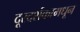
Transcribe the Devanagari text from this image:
दूरदर्शकामधून